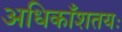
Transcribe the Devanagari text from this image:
अधिकाँशतयः